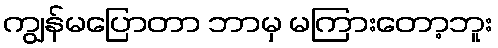
ကျွန်မပြောတာ ဘာမှ မကြားတော့ဘူး